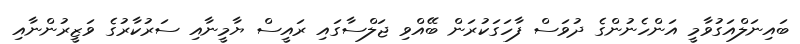
ބައިނަލްއަގުވާމީ އަންހެނުންގެ ދުވަސް ފާހަގަކުރަން ބޭއްވި ޖަލްސާގައި ރައީސް ޔާމީނާއި ސަރުކާރުގެ ވަޒީރުންނާއި